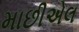
માછીએલ